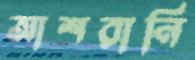
আশরানি